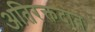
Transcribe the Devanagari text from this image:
अतिरक्तदाब